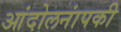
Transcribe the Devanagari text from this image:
आंदोलनांपकी